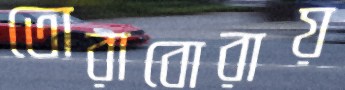
তোরাবোরায়